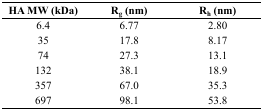
| HA MW (kDa) | Rg (nm) | Rh (nm) |
 | --- | --- | --- |
 | 6.4 | 6.77 | 2.80 |
 | 35 | 17.8 | 8.17 |
 | 74 | 27.3 | 13.1 |
 | 132 | 38.1 | 18.9 |
 | 357 | 67.0 | 35.3 |
 | 697 | 98.1 | 53.8 |